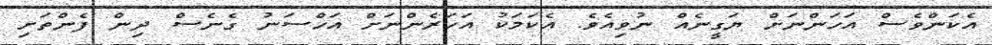
އެކަންވެސް އަހަންނަށް ޔަގީނެއް ނުވިއެވެ. އެކަމަކު އަހަރެންނަށް އަހްސަނު ގެނެސް ދިން ފެންތަށި